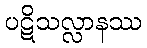
ပဋိသလ္လာနဿ